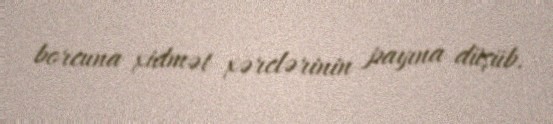
borcuna xidmət xərclərinin payına düşüb.